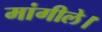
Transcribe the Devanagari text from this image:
मांगीले।